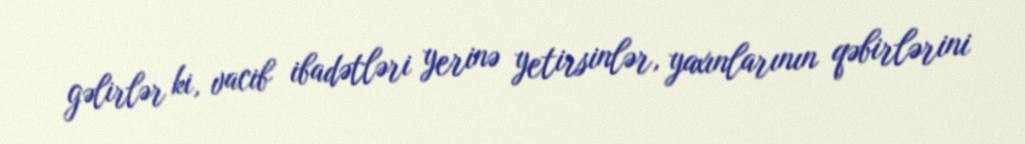
gəlirlər ki, vacib ibadətləri yerinə yetirsinlər, yaxınlarının qəbirlərini